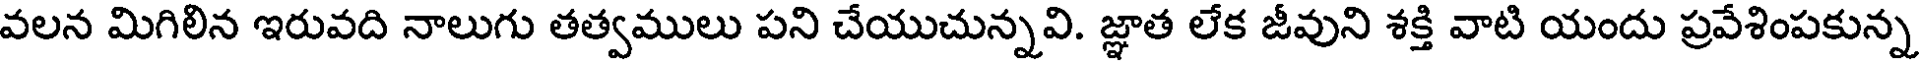
వలన మిగిలిన ఇరువది నాలుగు తత్వములు పని చేయుచున్నవి. జ్ఞాత లేక జీవుని శక్తి వాటి యందు ప్రవేశింపకున్న